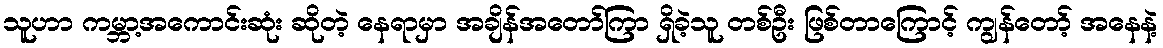
သူဟာ ကမ္ဘာ့အကောင်းဆုံး ဆိုတဲ့ နေရာမှာ အချိန်အတော်ကြာ ရှိခဲ့သူ တစ်ဦး ဖြစ်တာကြောင့် ကျွန်တော့် အနေနဲ့